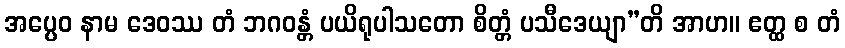
အပ္ပေဝ နာမ ဒေဝဿ တံ ဘဂဝန္တံ ပယိရုပါသတော စိတ္တံ ပသီဒေယျာ”တိ အာဟ။ ဧတ္ထ စ တံ